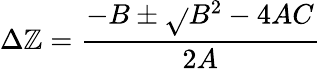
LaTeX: \Delta{\mathbb{Z}}=\frac{{-B\pm\sqrt{}{{B^{2}-4AC}}}}{{2A}}